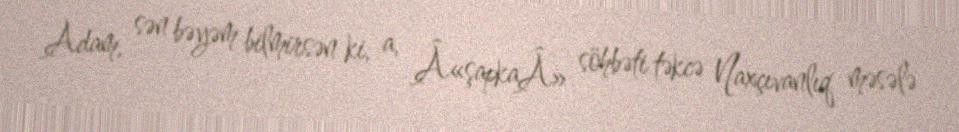
Adam, sən bəyəm bilmirsən ki, a, Â«şapkaÂ» söhbəti təkcə Naxçıvanlıq məsələ